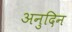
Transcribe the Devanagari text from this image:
अनुदिन